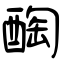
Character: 醄